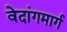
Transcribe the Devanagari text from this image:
वेदांगमार्ग